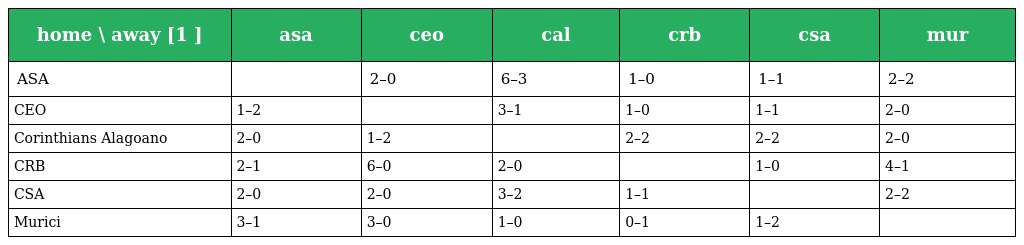
| home \ away [1 ] | asa | ceo | cal | crb | csa | mur |
 | --- | --- | --- | --- | --- | --- | --- |
 | ASA |  | 2–0 | 6–3 | 1–0 | 1–1 | 2–2 |
 | CEO | 1–2 |  | 3–1 | 1–0 | 1–1 | 2–0 |
 | Corinthians Alagoano | 2–0 | 1–2 |  | 2–2 | 2–2 | 2–0 |
 | CRB | 2–1 | 6–0 | 2–0 |  | 1–0 | 4–1 |
 | CSA | 2–0 | 2–0 | 3–2 | 1–1 |  | 2–2 |
 | Murici | 3–1 | 3–0 | 1–0 | 0–1 | 1–2 |  |